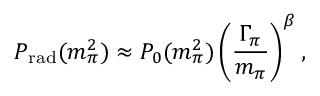
P _ { \mathrm { r a d } } ( m _ { \pi } ^ { 2 } ) \approx P _ { 0 } ( m _ { \pi } ^ { 2 } ) \left( \frac { \Gamma _ { \pi } } { m _ { \pi } } \right) ^ { \beta } ,